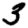
Digit: 3